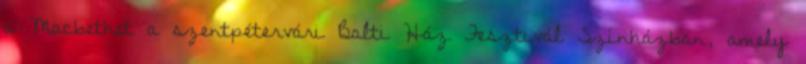
a Macbethet a szentpétervári Balti Ház Fesztivál Színházban, amely